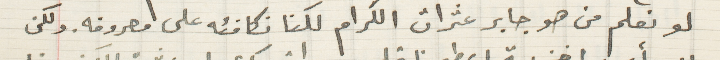
لو نعلم من هو جابر عثرات الكرام لكنا نكافئه على معروفه. ولكن